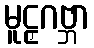
မူဠှဂဗ္ဘာ